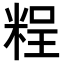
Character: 𥺆